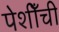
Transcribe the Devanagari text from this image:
पेशीँची